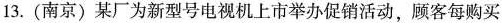
13. (南京)某厂为新型号电视机上市举办促销活动，顾客每购买